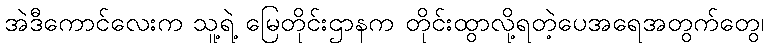
အဲဒီကောင်လေးက သူ့ရဲ့ မြေတိုင်းဌာနက တိုင်းထွာလို့ရတဲ့ပေအရေအတွက်တွေ၊